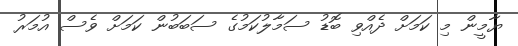
ޔާމީން މި ކަމަށް ދެއްވި ބޮޑު ސަމާލުކަމުގެ ސަބަބުން ކަމަށް ވެސް އުމަރު